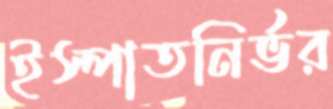
ইস্পাতনির্ভর